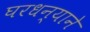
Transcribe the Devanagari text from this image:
घरधन्याने